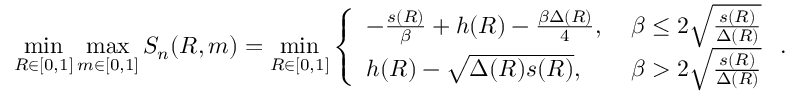
\operatorname* { m i n } _ { R \in [ 0 , 1 ] } \operatorname* { m a x } _ { m \in [ 0 , 1 ] } S _ { n } ( R , m ) = \operatorname* { m i n } _ { R \in [ 0 , 1 ] } \left\{ \begin{array} { l l } { - \frac { s ( R ) } { \beta } + h ( R ) - \frac { \beta \Delta ( R ) } { 4 } , \; } & { \beta \leq 2 \sqrt { \frac { s ( R ) } { \Delta ( R ) } } } \\ { h ( R ) - \sqrt { \Delta ( R ) s ( R ) } , \; } & { \beta > 2 \sqrt { \frac { s ( R ) } { \Delta ( R ) } } } \end{array} \right. .